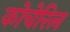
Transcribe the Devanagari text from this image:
कोचेरिल